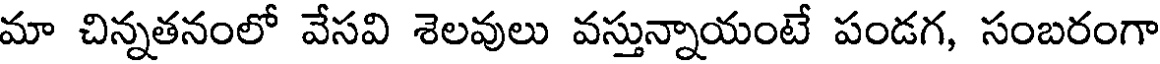
మా చిన్నతనంలో వేసవి శెలవులు వస్తున్నాయంటే పండగ, సంబరంగా